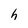
Character: h